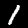
Label: 1